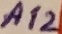
Text: A12